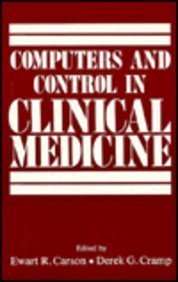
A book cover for Computers and Control in Clinical Medicine; Ewart Carson; Medical Books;